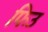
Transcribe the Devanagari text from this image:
फिउ